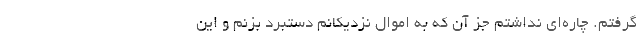
گرفتم. چاره‌ای نداشتم جز آن که به اموال نزدیکانم دستبرد بزنم و این